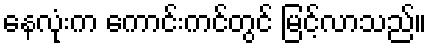
နေလုံးက ကောင်းကင်တွင် မြင့်လာသည်။